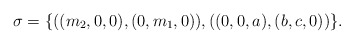
\begin{align*}\sigma = \{((m_2,0,0),(0,m_1,0)), ((0,0,a),(b,c,0))\}.\end{align*}